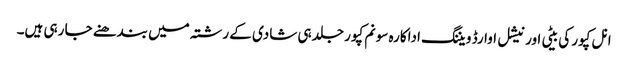
انل کپور کی بیٹی اور نیشل اوارڈ ویننگ اداکارہ سونم کپور جلد ہی شادی کے رشتہ میں بندھنے جا رہی ہیں۔